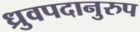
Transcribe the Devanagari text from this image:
ध्रुवपदानुरुप